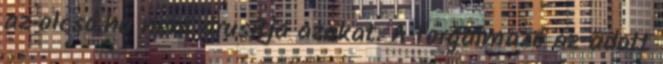
az olcsó.hu nem árusítja azokat. A forgalmazó az adott